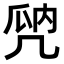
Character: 𠙙